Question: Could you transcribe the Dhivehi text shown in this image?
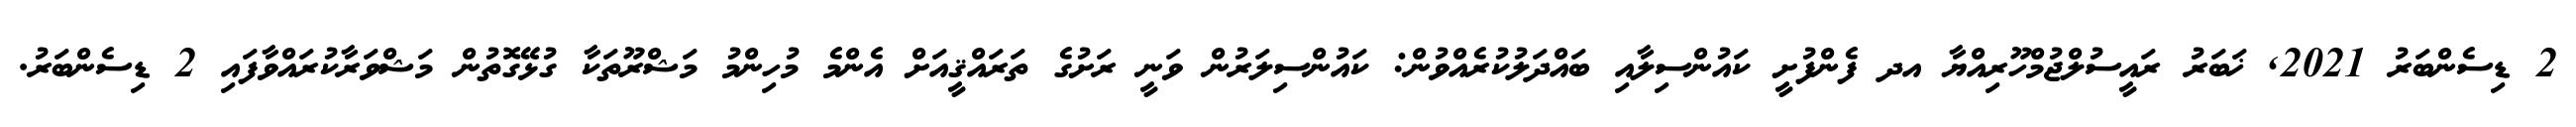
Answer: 2 ޑިސެންބަރު 2021, ޚަބަރު ރައީސުލްޖުމްހޫރިއްޔާ އދ ފެންފުށީ ކައުންސިލާއި ބައްދަލުކުރެއްވުން: ކައުންސިލަރުން ވަނީ ރަށުގެ ތަރައްޤީއަށް އެންމެ މުހިންމު މަޝްރޫތަކާ ގުޅޭގޮތުން މަޝްވަރާކުރައްވާފައި 2 ޑިސެންބަރު.